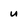
Character: u